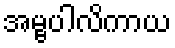
အမ္ဗပါလိကာယ